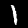
Label: 1